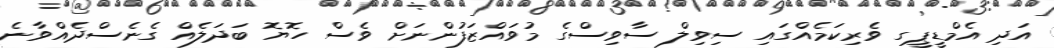
އަދި އެމްޑީޕީގ ވެރިކަމެއްގައި ސިވިލް ސާވިސްގެ މުވައްޒަފުންނަށް ވެސް ހޮޔޮ ބަދަލެއް ގެނެސްދެއްވާނެ